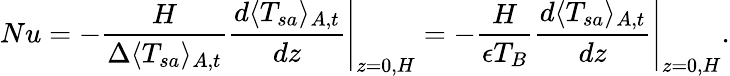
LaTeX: Nu=\left.-\frac{H}{\Delta\langle T_{sa}\rangle_{A,t}}\frac{d\langle T_{sa}\rangle_{A,t}}{dz}\right|_{z=0,H}=\left.-\frac{H}{\epsilon T_{B}}\frac{d\langle T_{sa}\rangle_{A,t}}{dz}\right|_{z=0,H}.